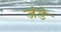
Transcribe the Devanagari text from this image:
जंडे